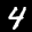
Label: 4